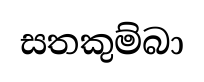
සතකුම්බා